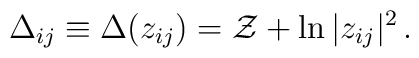
\Delta_{ij} \equiv \Delta(z_{ij}) =   \mathcal{Z} + \ln|z_{ij}|^2 \,.